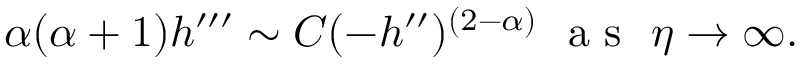
\alpha ( \alpha + 1 ) h ^ { \prime \prime \prime } \sim C ( - h ^ { \prime \prime } ) ^ { ( 2 - \alpha ) } ~ \textrm { a s } \ \eta \to \infty .